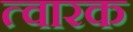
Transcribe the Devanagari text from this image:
त्वारक